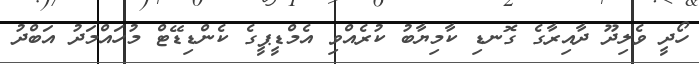
ހޯދީ ވެލިދޫ ދާއިރާގެ ގޮނޑި ކާމިޔާބު ކުރެއްވި އެމްޑީޕީގެ ކެންޑިޑޭޓް މުހައްމަދު އަބްދު